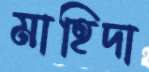
মাহিদা